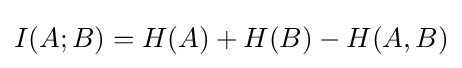
I(A;B)=H(A)+H(B)-H(A,B)